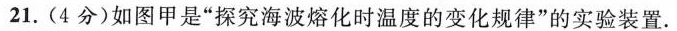
21.(4分)如图甲是”探究海波熔化时温度的变化规律”的实验装置。